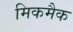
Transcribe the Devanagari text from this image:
मिकमैक